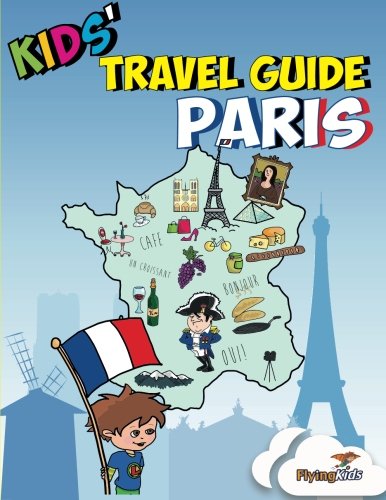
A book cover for Kids' Travel Guide - Paris: Kids' enjoy the best of Paris with fascinating facts, fun activities, useful tips, quizzes and Leonardo! (Kids' Travel Guides) (Volume 2); Shira Halperin; Travel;